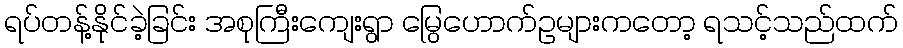
ရပ်တန့်နိုင်ခဲ့ခြင်း အစုကြီးကျေးရွာ မြွေဟောက်ဥများကတော့ ရသင့်သည်ထက်